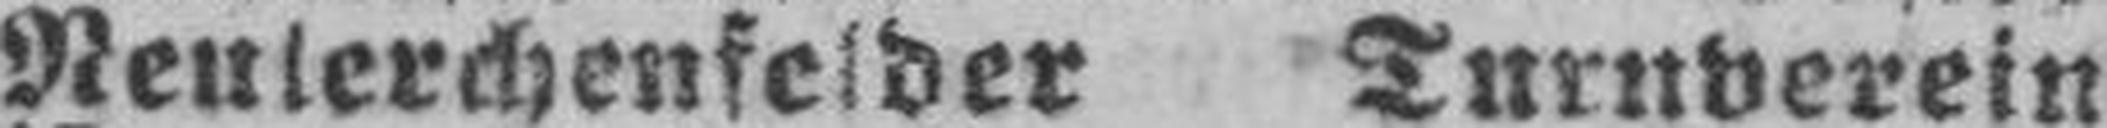
Neulerchenfelder Turnverein